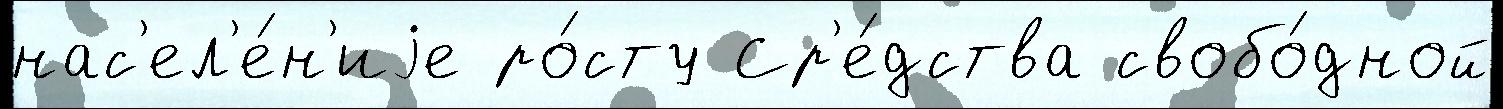
нас'ел'е́н'иjе ро́сту Ср'е́дства свобо́дной